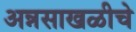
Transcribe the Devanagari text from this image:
अन्नसाखळीचे